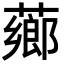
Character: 薌